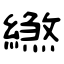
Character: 繺